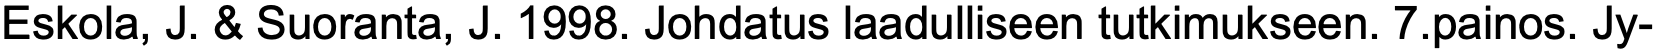
Eskola, J. & Suoranta, J. 1998. Johdatus laadulliseen tutkimukseen. 7.painos. Jy-